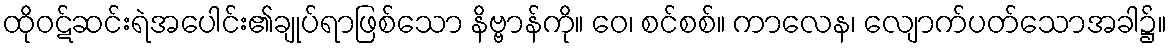
ထိုဝဋ်ဆင်းရဲအပေါင်း၏ချုပ်ရာဖြစ်သော နိဗ္ဗာန်ကို။ ဝေ၊ စင်စစ်။ ကာလေန၊ လျောက်ပတ်သောအခါ၌။